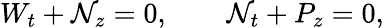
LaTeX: W_{t}+\mathcal{N}_{z}=0,\qquad\mathcal{N}_{t}+P_{z}=0,